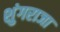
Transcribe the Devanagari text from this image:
शुंगराजा